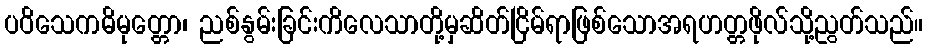
ပဝိသေကဓိမုတ္တော၊ ညစ်နွမ်းခြင်းကိလေသာတို့မှဆိတ်ငြိမ်ရာဖြစ်သောအရဟတ္တဖိုလ်သို့ညွတ်သည်။